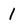
Character: 1